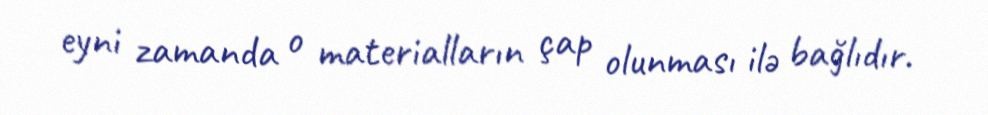
eyni zamanda o materialların çap olunması ilə bağlıdır.